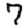
Digit: 7